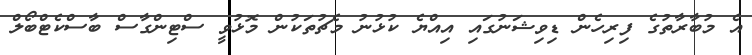
އެ މުބާރާތުގެ ފިރިހެން ޑިވިޝަނުގައި އިއްޔެ ކުޅުނު މެޗުތަކުން މޮޅުވީ ސްޓިންގާސް ބާސްކެޓްބޯލް